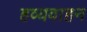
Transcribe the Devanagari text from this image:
हव्यवाहन